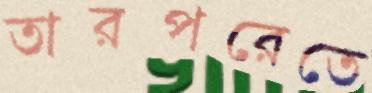
তারপরেতে